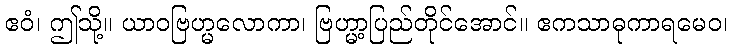
ဧဝံ၊ ဤသို့။ ယာဝဗြဟ္မလောကာ၊ ဗြဟ္မာ့ပြည်တိုင်အောင်။ ဧကသာဓုကာရမေဝ၊